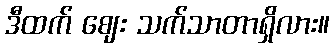
ဒီထက် ဈေး သက်သာတာရှိလား။